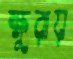
ক্ষুরায়